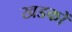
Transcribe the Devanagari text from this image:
खडकों